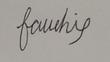
Signature authenticity: forged